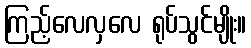
ကြည့်လေလှလေ ရုပ်သွင်မျိုး။